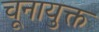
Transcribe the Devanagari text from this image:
चूनायुक्त